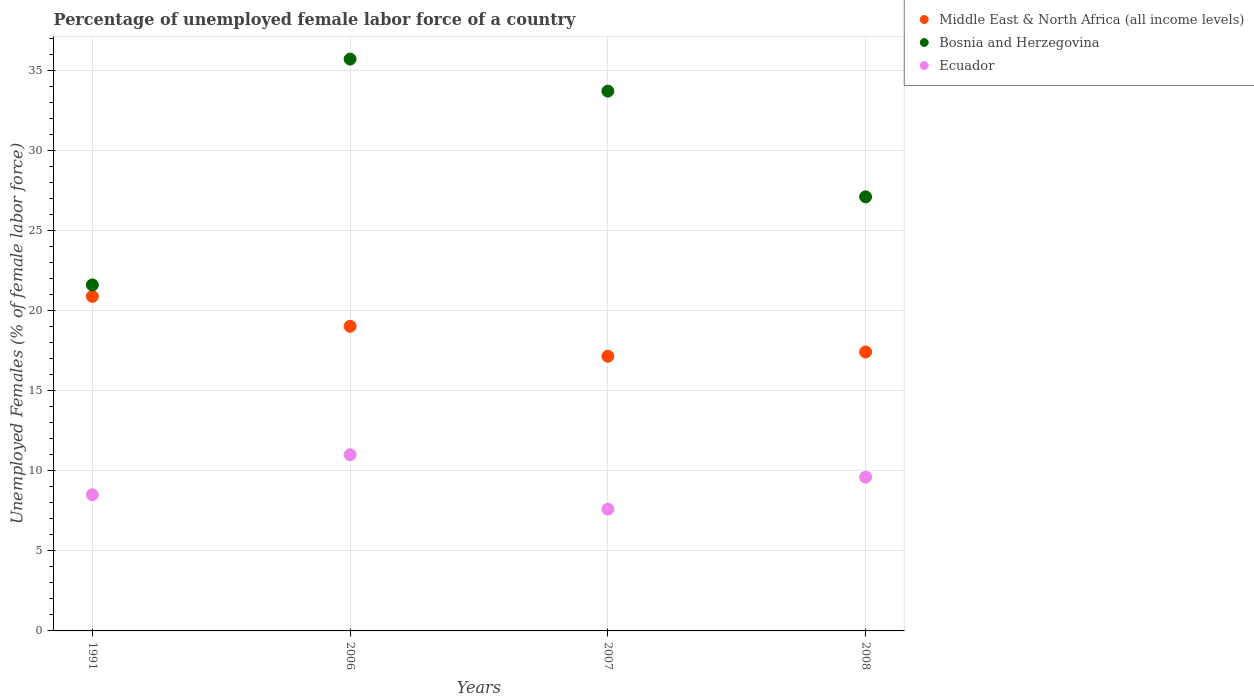
| Years | Middle East & North Africa (all income levels) | Bosnia and Herzegovina | Ecuador |
 | --- | --- | --- | --- |
 | 1991 | 20.9 | 21.6 | 8.5 |
 | 2006 | 19 | 35.7 | 11 |
 | 2007 | 17.1 | 33.7 | 7.6 |
 | 2008 | 17.4 | 27.1 | 9.6 |